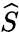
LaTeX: \widehat S